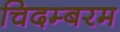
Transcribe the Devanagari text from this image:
चिदम्‍बरम